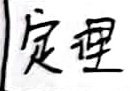
定理